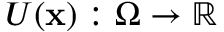
U ( \mathbf { x } ) : \Omega \rightarrow \mathbb { R }